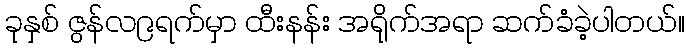
ခုနှစ် ဇွန်လ၉ရက်မှာ ထီးနန်း အရိုက်အရာ ဆက်ခံခဲ့ပါတယ်။